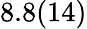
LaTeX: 8.8(14)